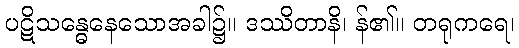
ပဋိသန္ဓေနေသောအခါ၌။ ဒဿိတာနိ၊ န်၏။ တရုကရေ၊